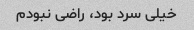
خیلی سرد بود، راضی نبودم